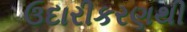
ઉદારીકરણથી